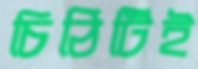
চিঠিটিই